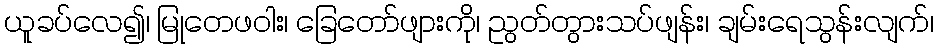
ယူခပ်လေ၍၊ မြုတေဖဝါး၊ ခြေတော်ဖျားကို၊ ညွတ်တွားသပ်ဖျန်း၊ ချမ်းရေသွန်းလျက်၊